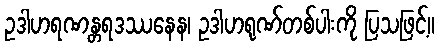
ဥဒါဟရဏန္တရဒဿနေန၊ ဥဒါဟရုဏ်တစ်ပါးကို ပြသဖြင့်။